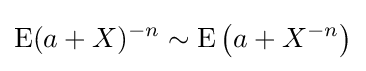
\operatorname {E} (a+X)^{-n}\sim \operatorname {E} \left(a+X^{-n}\right)